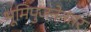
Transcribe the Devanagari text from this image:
भूमिपुजनेनंतर